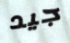
جيد